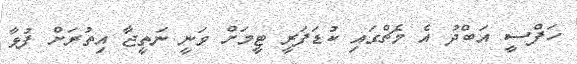
ހަފްސީ އަބްދު އެ މެޗްގައި ކުޑަފަރީ ޓީމަށް ވަނީ ނަތީޖާ އިތުރަށް ފުޅާ